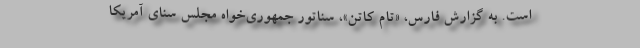
است. به گزارش فارس، «تام کاتن»، سناتور جمهوری‌خواه مجلس سنای آمریکا